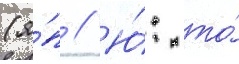
(я́п // Ю́: то́